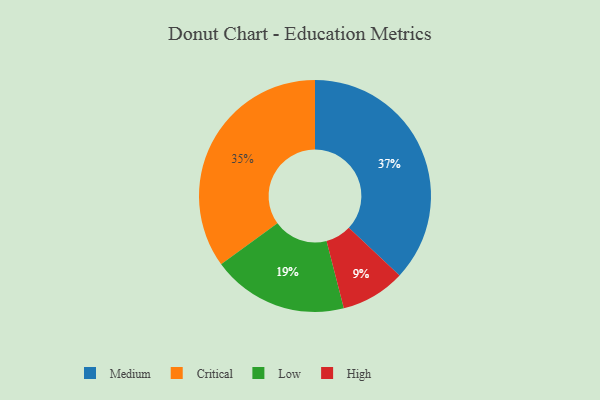
{"axis": {"x": "Category", "y": "Percentage"}, "legend": ["Critical", "High", "Low", "Medium"], "data": [{"x": "Low", "y": 19, "type": "Low"}, {"x": "Critical", "y": 35, "type": "Critical"}, {"x": "Medium", "y": 37, "type": "Medium"}, {"x": "High", "y": 9, "type": "High"}]}